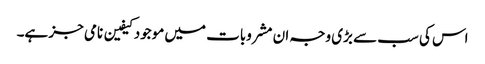
اس کی سب سے بڑی وجہ ان مشروبات میں موجود کیفین نامی جز ہے۔